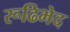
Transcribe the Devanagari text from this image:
रूढिभेद